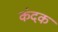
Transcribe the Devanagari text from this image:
कंदक